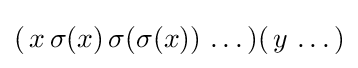
(\,x\,\sigma (x)\,\sigma (\sigma (x))\,\ldots \,)(\,y\,\ldots \,)